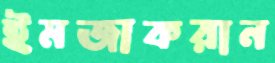
ইমজাকরান